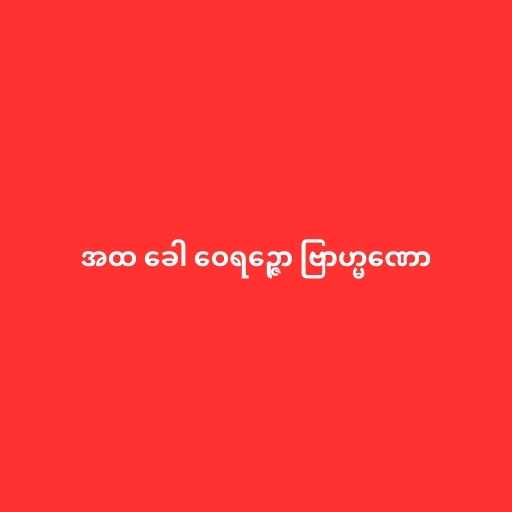
အထ ခေါ ဝေရဉ္ဇော ဗြာဟ္မဏော